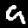
Digit: 9